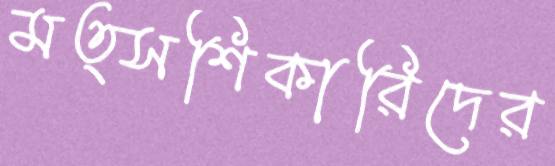
মত্সশিকারিদের